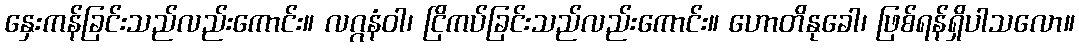
နှေးကန်ခြင်းသည်လည်းကောင်း။ လဂ္ဂနံဝါ၊ ငြိကပ်ခြင်းသည်လည်းကောင်း။ ဟောတိနုခေါ၊ ဖြစ်ရန်ရှိပါသလော။